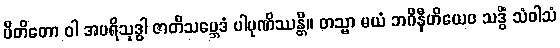
ပိတိတော ဝါ အပရိသုဒ္ဓါ ဇာတိသမ္ဘေဒံ ပါပုဏိဿန္တိ။ တသ္မာ မယံ ဘဂိနီဟိယေဝ သဒ္ဓိံ သံဝါသံ